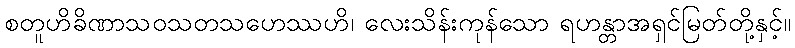
စတူဟိခိဏာသဝသတသဟေဿဟိ၊ လေးသိန်းကုန်သော ရဟန္တာအရှင်မြတ်တို့နှင့်။